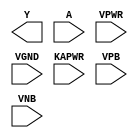
module sky130_fd_sc_lp__invkapwr (
    Y    ,
    A    ,
    VPWR ,
    VGND ,
    KAPWR,
    VPB  ,
    VNB
);

    output Y    ;
    input  A    ;
    input  VPWR ;
    input  VGND ;
    input  KAPWR;
    input  VPB  ;
    input  VNB  ;
endmodule